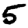
Digit: 5